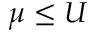
\mu \leq U